Vabadussoja_Ajaloo_Komitee, lk 54
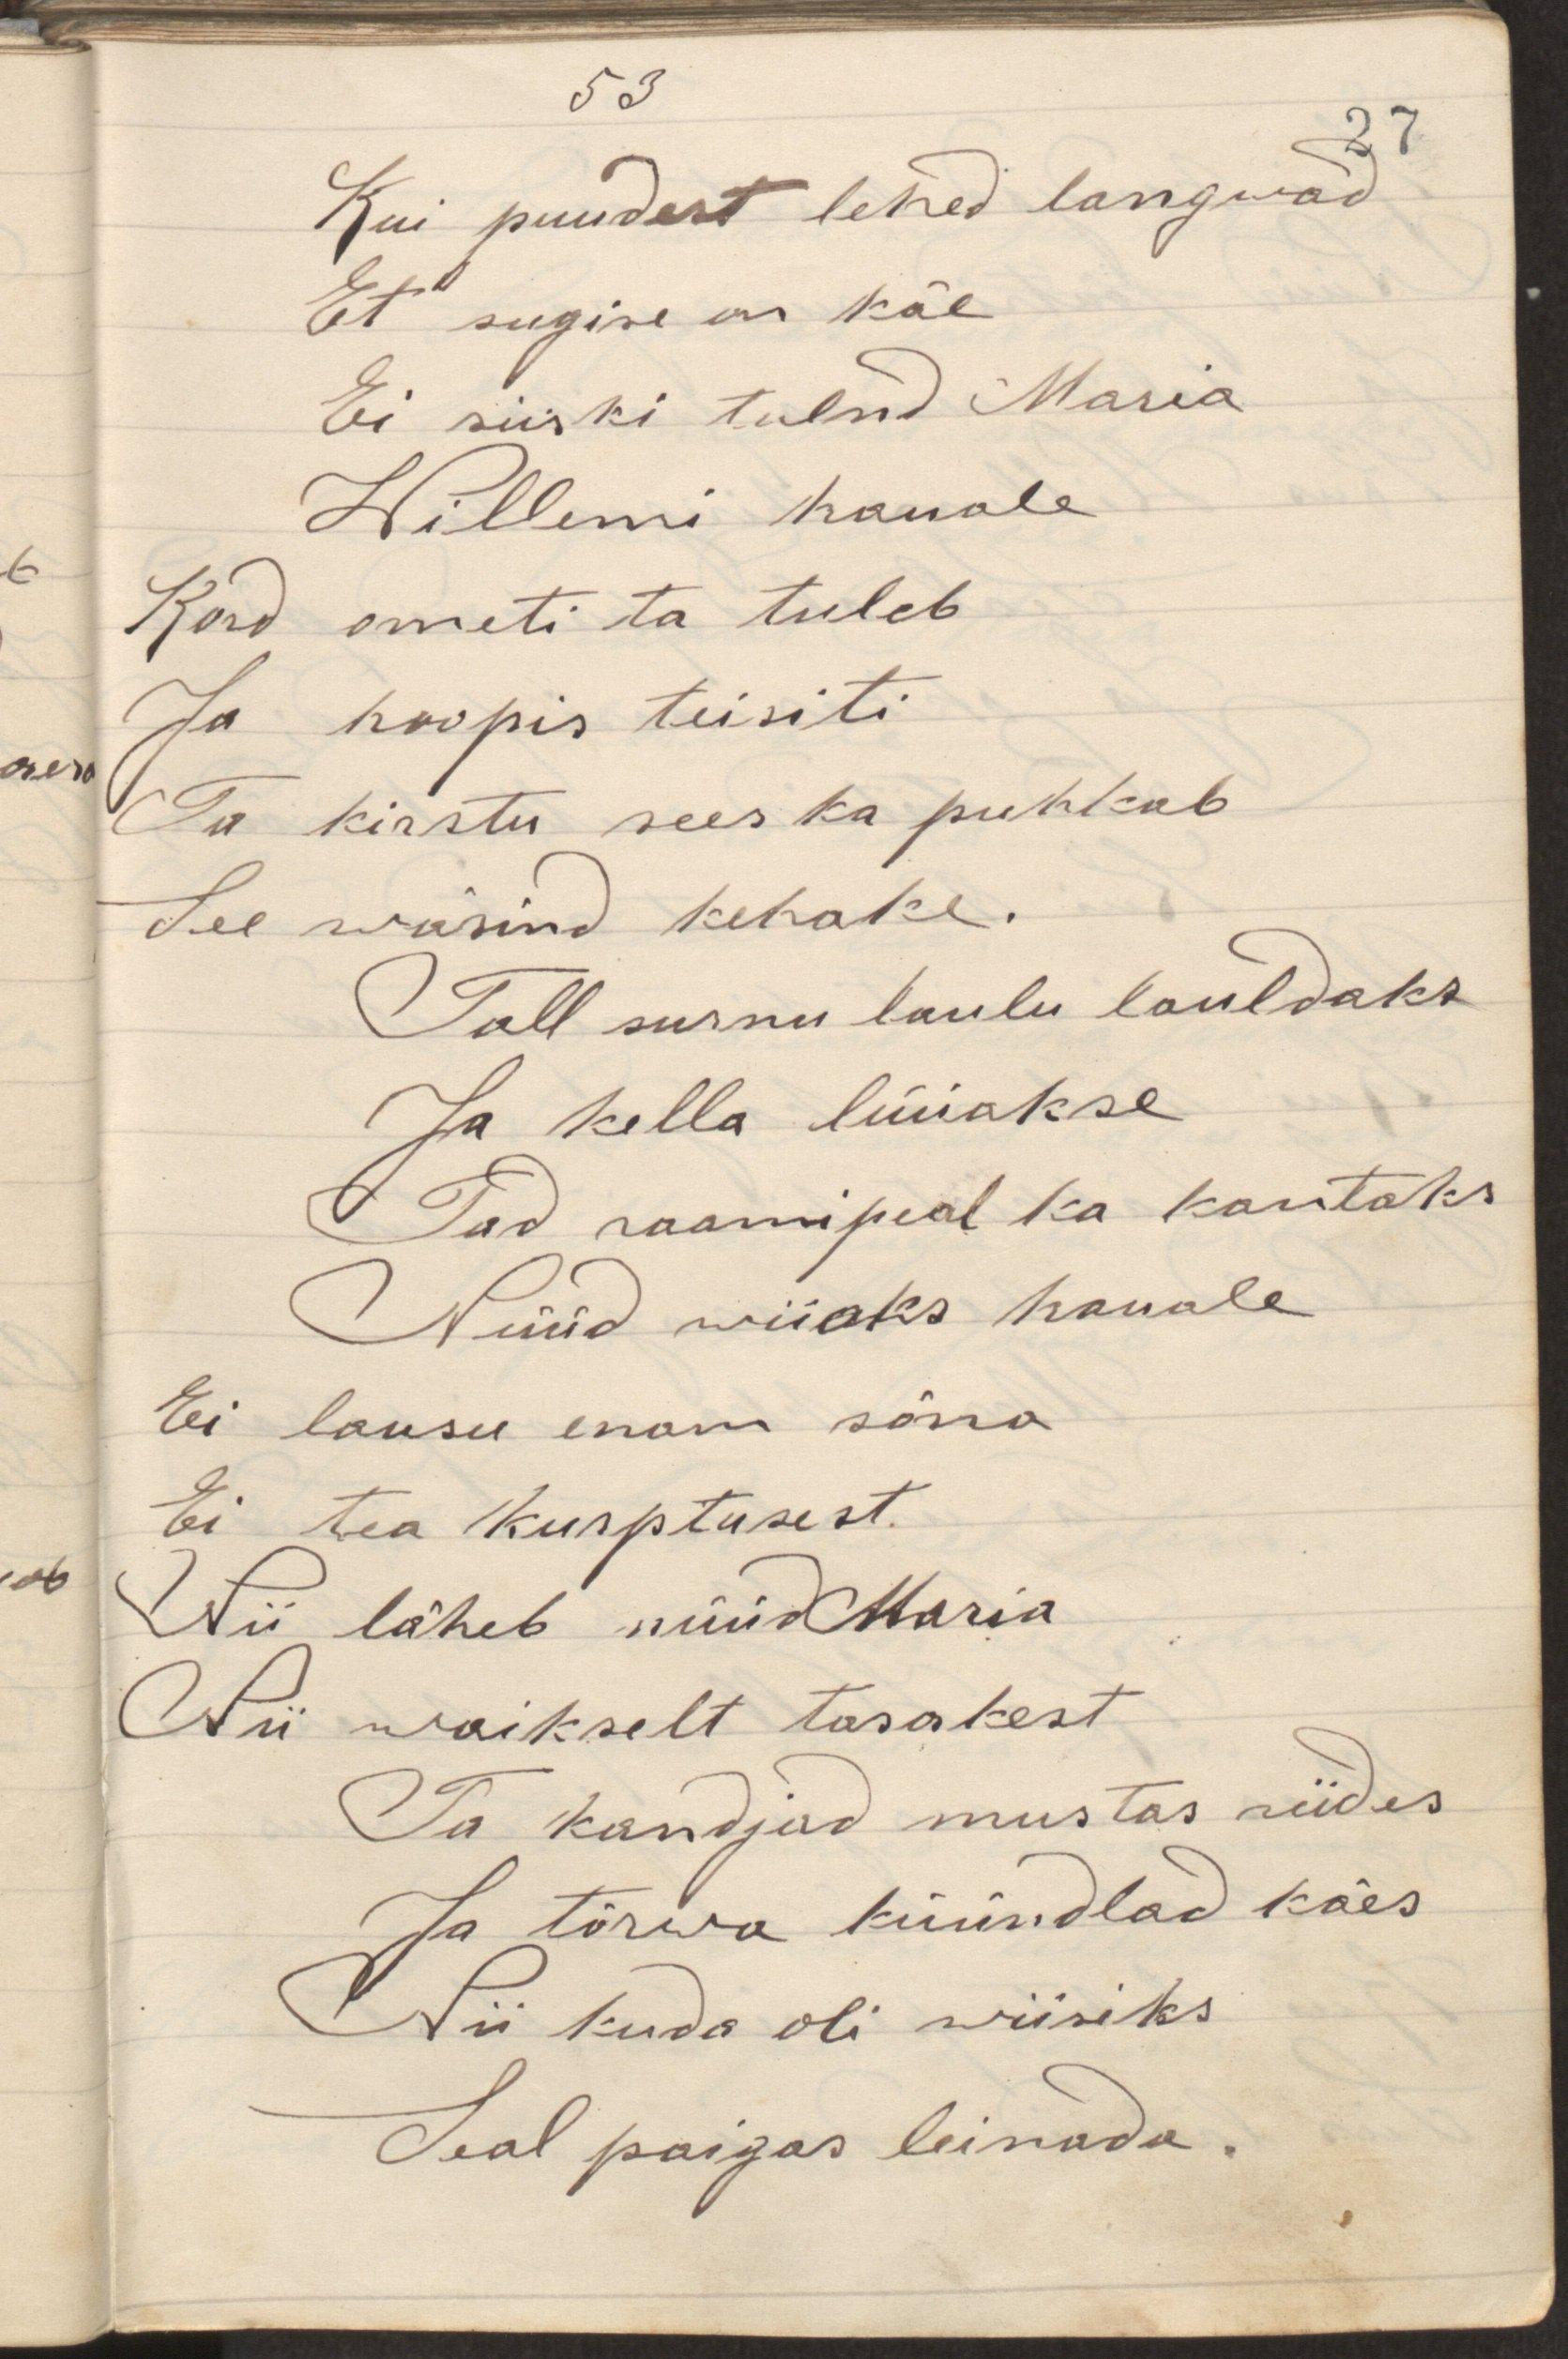
Kui puudest lehed langwad
Et sugise on käe
Ei siiski tulnd Maria
Willemi hauale
Kord ometi ta tuleb
Ja hoopis teisiti
Ta kirstu sees ka puhkab
See wäsind kehake.
Tal surnu laulu lauldaks
Ja kella lüüakse
Tad raamipeal ka kantaks
Nüüd wiiaks hauale
Ei lausu enam sõna
Ei tea kurptusest
Nii läheb nüüd Maria
Nii waikselt tasakest
Ta kandjad mustas riides
Ja tõrwa küündlad käes
Nii kuda oli wiisiks
Seal paigas leinada.